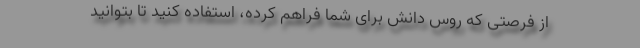
از فرصتی که روس دانش برای شما فراهم کرده، استفاده کنید تا بتوانید